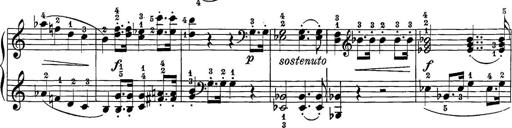
Title: 12 Sonatine per Pianoforte
Composer: Friedrich Kuhlau